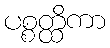
ပစ္စတ္ထိကာ